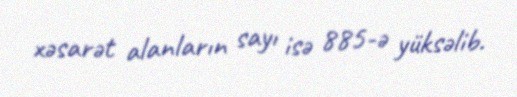
xəsarət alanların sayı isə 885-ə yüksəlib.